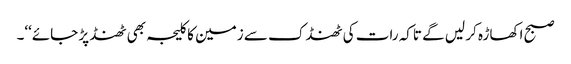
صبح اکھاڑہ کر لیں گے تاکہ رات کی ٹھنڈک سے زمین کا کلیجہ بھی ٹھنڈ پڑ جائے‘‘۔